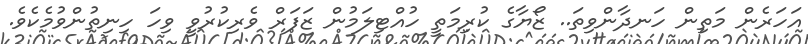
އަހަރެން މަތިން ހަނދާންވިތަ.. ޒޯޔާގެ ކުރިމަތީ ހުއްޓިލަމުން ޒަފަރް ވެރިކުރުވީ ވިހަ ހިނިތުންވުމެކެވެ.